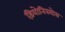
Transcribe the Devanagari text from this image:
ड़ियोनिस्योस